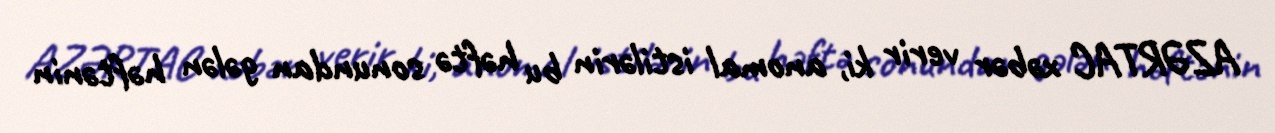
AZƏRTAC xəbər verir ki, anomal istilərin bu həftə sonundan gələn həftənin